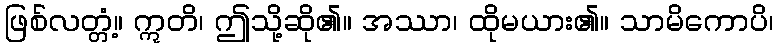
ဖြစ်လတ္တံ့။ ဣတိ၊ ဤသို့ဆို၏။ အဿာ၊ ထိုမယား၏။ သာမိကောပိ၊